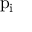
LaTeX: { \mathrm { p } } _ { \mathrm { i } }